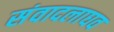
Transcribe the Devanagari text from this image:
संवादलाघव